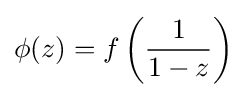
\phi (z)=f\left({\frac {1}{1-z}}\right)